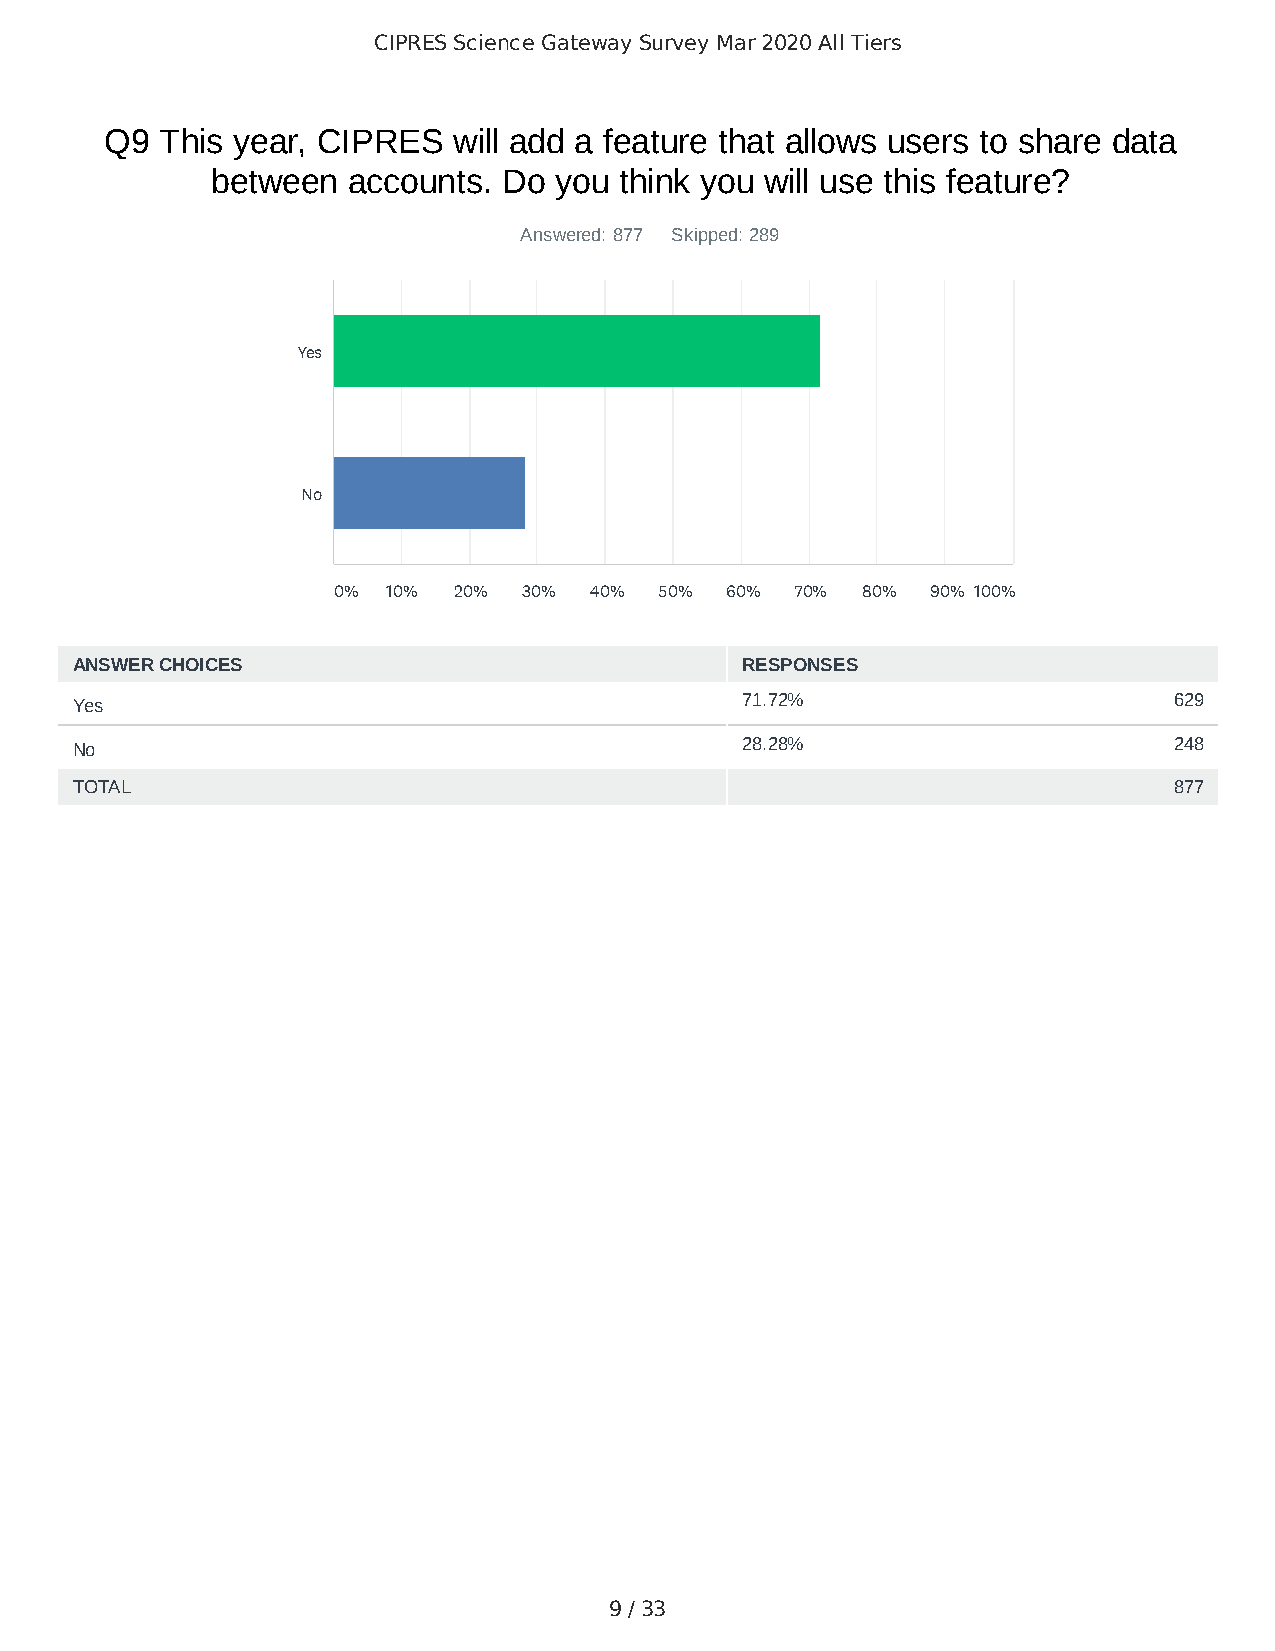
CIPRES Science Gateway Survey Mar 2020 All Tiers
 Q9  This year, CIPRES  will add a feature that allows users to share data
 between  accounts. Do  you think you will use this feature?
 Answered: 877 Skipped: 289
 Yes
 No
 0%  10% 20%  30% 40%  50% 60%  70% 80%  90% 100%
 ANSWER CHOICES                              RESPONSES
 Yes                                         71.72%                       629
 No                                          28.28%                       248
 TOTAL                                                                    877
 9 / 33